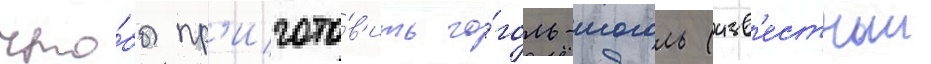
что́бы пр'игото́в'ить го́голь-моголь (изв'естныи